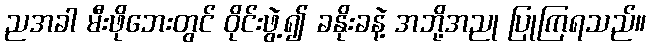
ညအခါ မီးဖိုဘေးတွင် ဝိုင်းဖွဲ့၍ ခနိုးခနဲ့ အဘို့အညု ပြုကြရသည်။